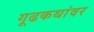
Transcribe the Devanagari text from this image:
गूढकथांवर